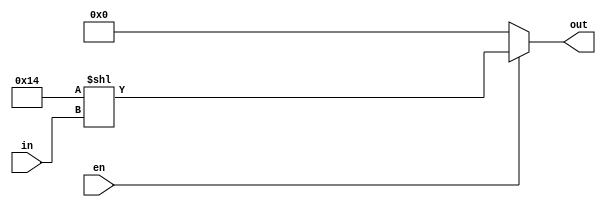
module P1_DEC_LLS(
    output      [4:0]   out,
    input       [2:0]   in,
    input               en
);

    assign  out = (en == 1'b1) ? (5'b10100 << in) : 5'd0;

endmodule

module P1_DEC_RLS(
    output      [4:0]   out,
    input       [2:0]   in,
    input               en
);

    assign  out = (en == 1'b1) ? (5'b10100 >> in) : 5'd0;

endmodule

module P1_DEC_LAS(
    output signed     [4:0]   out,
    input       [2:0]   in,
    input               en
);

    assign  out = (en == 1'b1) ? (5'b10100 <<< in) : 5'd0;

endmodule

module P1_DEC_RAS(
    output signed     [4:0]   out,
    input       [2:0]   in,
    input               en
);

    assign  out = (en == 1'b1) ? (5'b10100 >>> in) : 5'd0;

endmodule